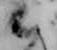
已